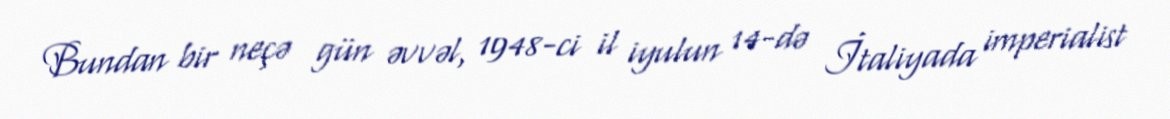
Bundan bir neçə gün əvvəl, 1948-ci il iyulun 14-də İtaliyada imperialist